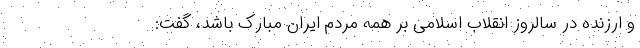
و ارزنده در سالروز انقلاب اسلامی بر همه مردم ایران مبارک باشد، گفت: